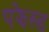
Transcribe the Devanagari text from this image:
पझेस्ड